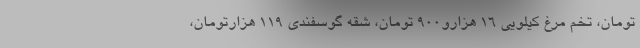
تومان، تخم مرغ کیلویی ۱۶ هزارو۹۰۰ تومان، شقه گوسفندی ۱۱۹ هزارتومان،